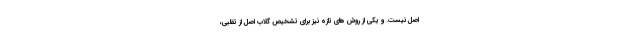
اصل نیست. و یکی از روش های تازه نیز برای تشخیص گلاب اصل از تقلبی،